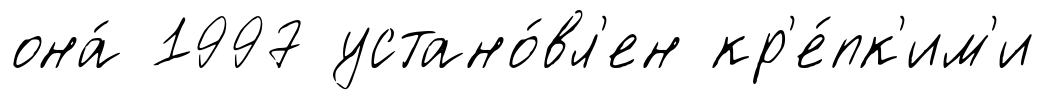
она́ 1997 устано́вл'ен кр'е́пк'им'и